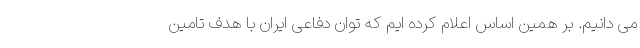
می دانیم. بر همین اساس اعلام کرده ایم که توان دفاعی ایران با هدف تامین